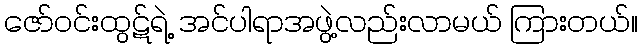
ဇော်ဝင်းထွဋ်ရဲ့ အင်ပါရာအဖွဲ့လည်းလာမယ် ကြားတယ်။